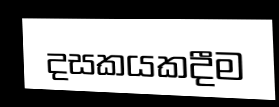
දසකයකදීම